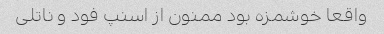
واقعا خوشمزه بود ممنون از اسنپ فود و ناتلی